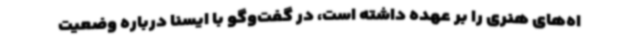
اه‌های هنری را بر عهده داشته است، در گفت‌وگو با ایسنا درباره وضعیت